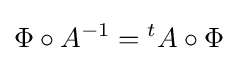
\Phi \circ A^{-1}={}^{t}A\circ \Phi